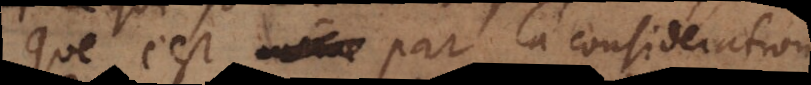
que c’est par la consideration